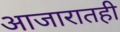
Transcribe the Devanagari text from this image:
आजारातही